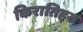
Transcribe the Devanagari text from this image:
किरातिहरु